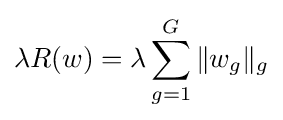
\lambda R(w)=\lambda \sum _{g=1}^{G}\|w_{g}\|_{g}